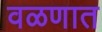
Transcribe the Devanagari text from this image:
वळणात